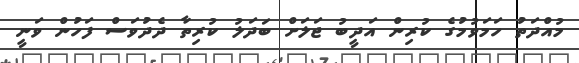
މުއްދަތު ހަމަވުމުގެ ކުރިން އަދީބު ޖަލަށް ބަދަލު ކުރިތާ ދެދުވަސް ފަހުން ވަނީ